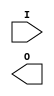
module Decoder_8bit (
    input wire [7:0] I,
    output reg [255:0]O
);
    
endmodule